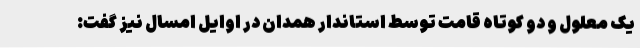
یک معلول و دو کوتاه قامت توسط استاندار همدان در اوایل امسال نیز گفت: